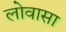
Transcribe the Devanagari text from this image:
लोवासा